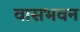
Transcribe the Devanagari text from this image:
वासभवन